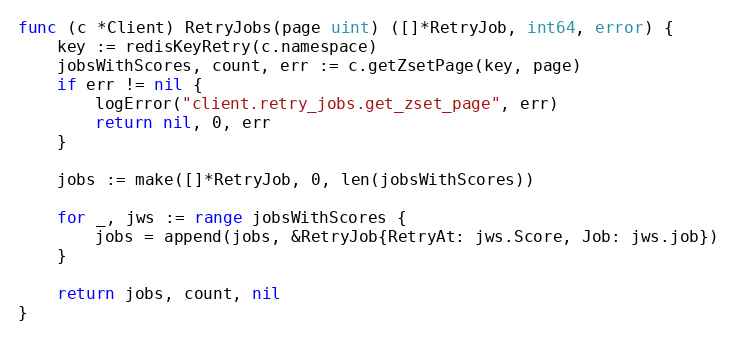
Language: Go
func (c *Client) RetryJobs(page uint) ([]*RetryJob, int64, error) {
	key := redisKeyRetry(c.namespace)
	jobsWithScores, count, err := c.getZsetPage(key, page)
	if err != nil {
		logError("client.retry_jobs.get_zset_page", err)
		return nil, 0, err
	}

	jobs := make([]*RetryJob, 0, len(jobsWithScores))

	for _, jws := range jobsWithScores {
		jobs = append(jobs, &RetryJob{RetryAt: jws.Score, Job: jws.job})
	}

	return jobs, count, nil
}